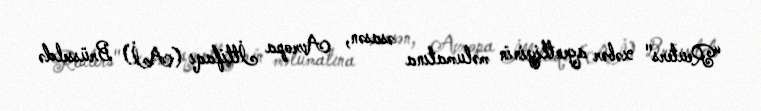
“Reuters" xəbər agentliyinin məlumatına əsasən, Avropa İttifaqı (Aİ) Brüsseldə